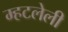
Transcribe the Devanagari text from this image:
म्हटलेली